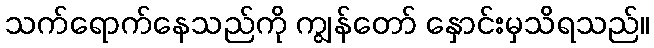
သက်ရောက်နေသည်ကို ကျွန်တော် နှောင်းမှသိရသည်။